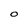
Character: O